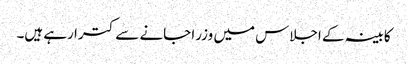
کابینہ کے اجلاس میں وزرا جانے سے کترا رہے ہیں۔